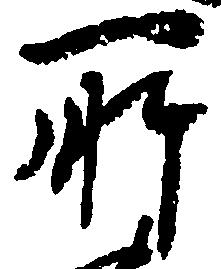
所